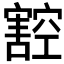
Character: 𭔠